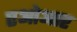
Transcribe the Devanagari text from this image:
एओआर